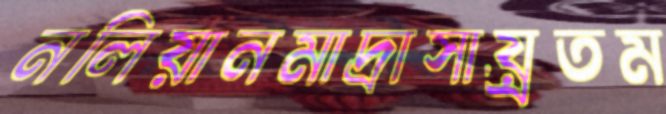
নলিয়ানমাদ্রাসায়্রতম